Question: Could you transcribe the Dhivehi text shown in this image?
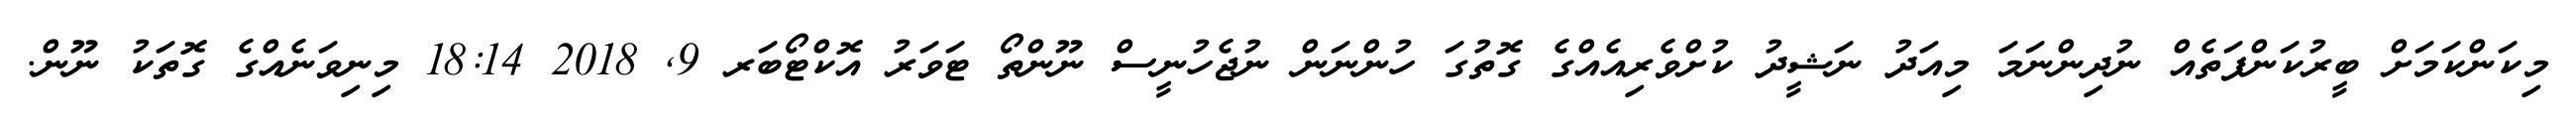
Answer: މިކަންކަމަށް ބީރުކަންފަތެއް ނުދިންނަމަ މިއަދު ނަޝީދު ކުށްވެރިއެއްގެ ގޮތުގަ ހުންނަން ނުޖެހުނީސް ނޫންތޯ ޓަވަރު އޮކްޓޯބަރ 9, 2018 18:14 މިނިވަނެއްގެ ގޮތަކު ނޫން.